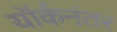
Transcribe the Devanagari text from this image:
यॉर्कनंतर